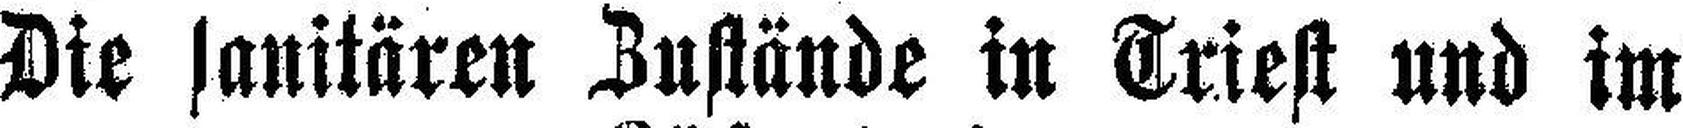
Die sanitären Zustände in Triest und im